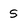
Character: S